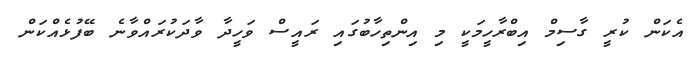
އެކަން ކުރީ ގާސިމް އިބްރާހީމަކީ މި އިންތިހާބުގައި ރައީސް ވަހީދާ ވާދަކުރައްވާނެ ބޭފުޅެއްކަން